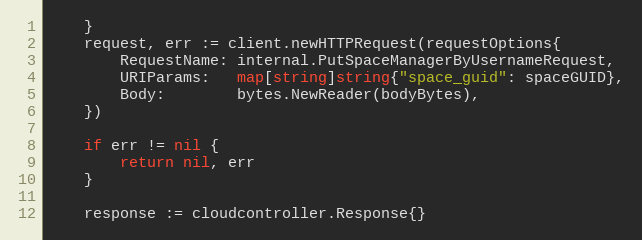
Language: Go
	}
	request, err := client.newHTTPRequest(requestOptions{
		RequestName: internal.PutSpaceManagerByUsernameRequest,
		URIParams:   map[string]string{"space_guid": spaceGUID},
		Body:        bytes.NewReader(bodyBytes),
	})

	if err != nil {
		return nil, err
	}

	response := cloudcontroller.Response{}